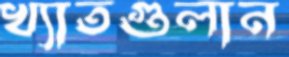
খ্যাতগুলান